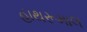
હાથરૂમાલ